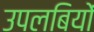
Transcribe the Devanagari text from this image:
उपलबियों